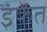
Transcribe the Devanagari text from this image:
इंफेंत